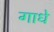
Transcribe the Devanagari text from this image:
गाधे